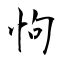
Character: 怐